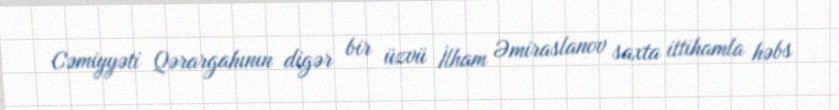
Cəmiyyəti Qərargahının digər bir üzvü İlham Əmiraslanov saxta ittihamla həbs